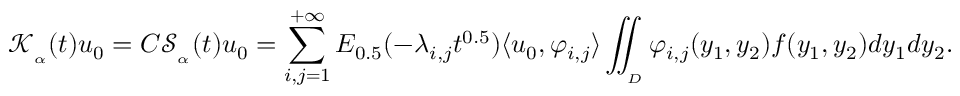
\mathcal { K } _ { _ \alpha } ( t ) u _ { 0 } = C \mathcal { S } _ { _ \alpha } ( t ) u _ { 0 } = \displaystyle \sum _ { i , j = 1 } ^ { + \infty } E _ { 0 . 5 } ( - \lambda _ { i , j } t ^ { 0 . 5 } ) \langle u _ { 0 } , \varphi _ { i , j } \rangle \displaystyle \iint _ { _ D } \varphi _ { i , j } ( y _ { 1 } , y _ { 2 } ) f ( y _ { 1 } , y _ { 2 } ) d y _ { 1 } d y _ { 2 } .